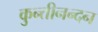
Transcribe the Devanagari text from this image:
कुन्तीनन्दन